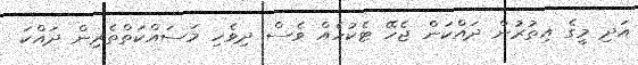
އަދި މީގެ އިތުރުން ދައްކަން ޖެހޭ ޓެކުހެއް ވެސް ދިވެހި މަސައްކަތްތެރިން ދައްކަ